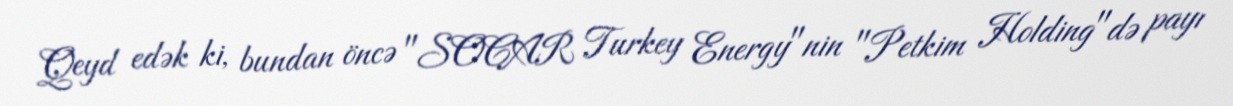
Qeyd edək ki, bundan öncə "SOCAR Turkey Energy"nin "Petkim Holding"də payı